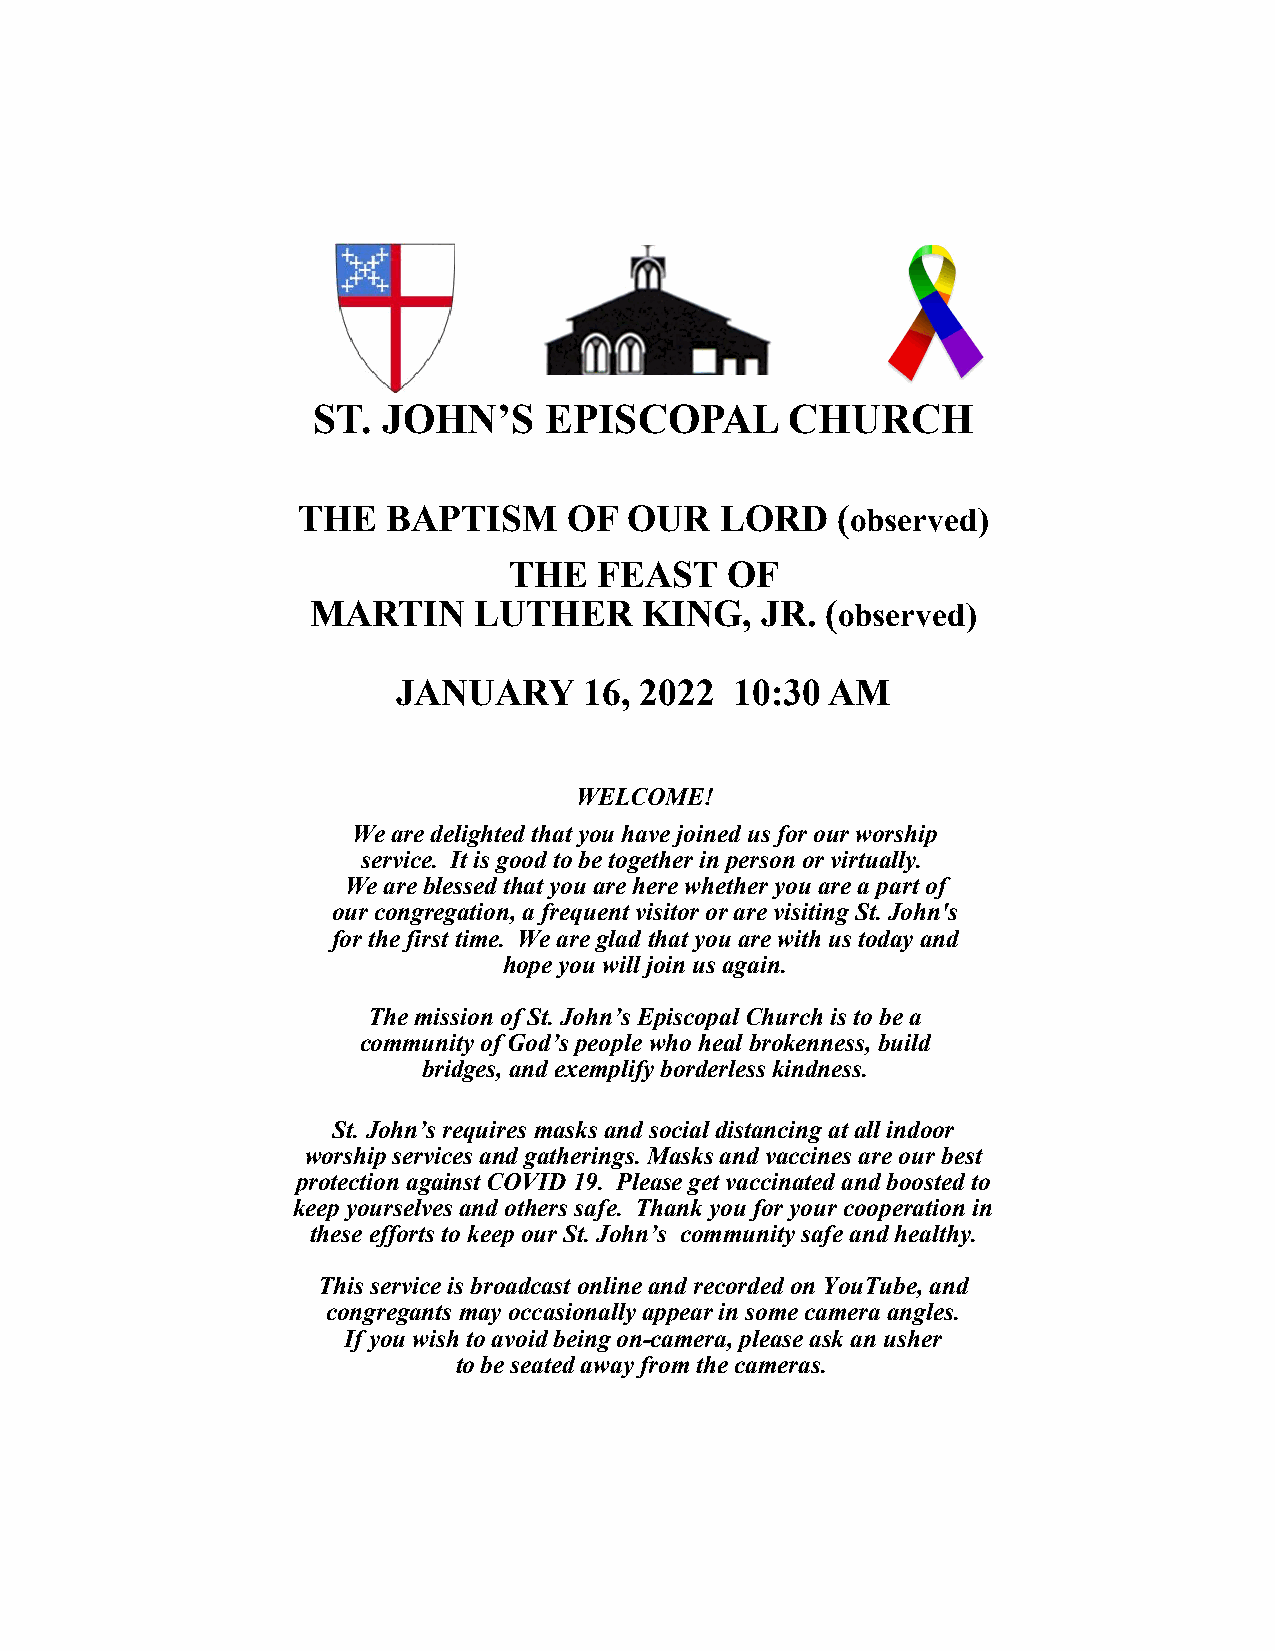
ST. JOHN’S     EPISCOPAL       CHURCH
 THE   BAPTISM     OF  OUR   LORD   (observed)
 THE   FEAST   OF
 MARTIN    LUTHER      KING,  JR.  (observed)
 JANUARY      16, 2022  10:30 AM
 WELCOME!
 We are delighted that you ha ve joined us for our worship
 service. It is good to be together in person or virtually.
 We are blessed that you are here whether you are a part of
 our congregation, a frequent visitor or are visiting St. John's
 for the first time. We are glad that you are with us today and
 hope you will join us again.
 The mission of St. John’s Episcopal Church is to be a
 community of God’s people who heal brokenness, build
 bridges, and exemplify borderless kindness.
 St. John’s requires masks and social distancing at all indoor
 worship services and gatherings. Masks and vaccines are our best
 protection against COVID 19. Please get vaccinated and boosted to
 keep yourselves and others safe. Thank you for your cooperation in
 these efforts to keep our St. John’s community safe and healthy.
 This service is broadcast online and recorded on YouTube, and
 congregants may occasionally appear in some camera angles.
 If you wish to avoid being on-camera, please ask an usher
 to be seated away from the cameras.